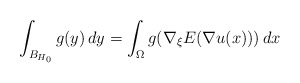
\begin{align*}\int_{B_{H_0}} g(y)\, dy = \int_{\Omega} g(\nabla_\xi E(\nabla u(x)))\, dx\end{align*}